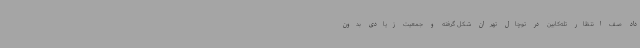
داد صف انتظار تله‌کابین در توچال تهران شکل گرفته و جمعیت زیادی بدون